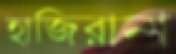
হাজিরানা